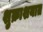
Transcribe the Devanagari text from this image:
शुक्राशयात